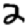
Digit: 2